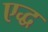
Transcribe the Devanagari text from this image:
एद्ध